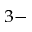
^ { 3 - }